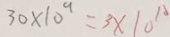
3 0 \times 1 0 ^ { 9 } = 3 \times 1 0 ^ { 1 0 }